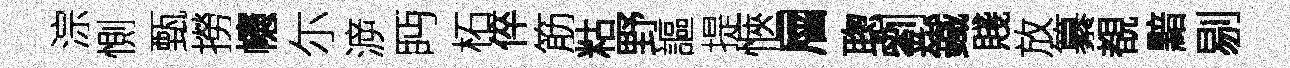
淙惻甄撈幰尓㴑眄柘倅筋䊀野謳提愜層聦劉鐵賤放纂覩黯剔